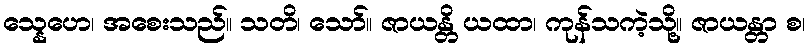
သ္နေဟေ၊ အစေးသည်။ သတိ၊ သော်။ ဇာယန္တိ ယထာ၊ ကုန်သကဲ့သို့။ ဇာယန္တာ စ၊